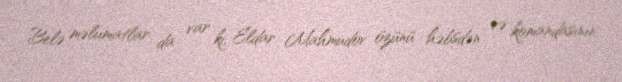
Belə məlumatlar da var ki, Eldar Mahmudov özünü həbsdən və komandasının